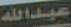
عبدالله